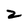
Character: z